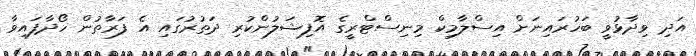
އަދި ވިދާޅުވީ ބަހުރައިނަށް އިސްލާމިކް މިނިސްޓްރީގެ އޮފިޝަލުންކުރި ދަތުރުގައި އެ ފަރާތުން ހޯދާފައިވާ